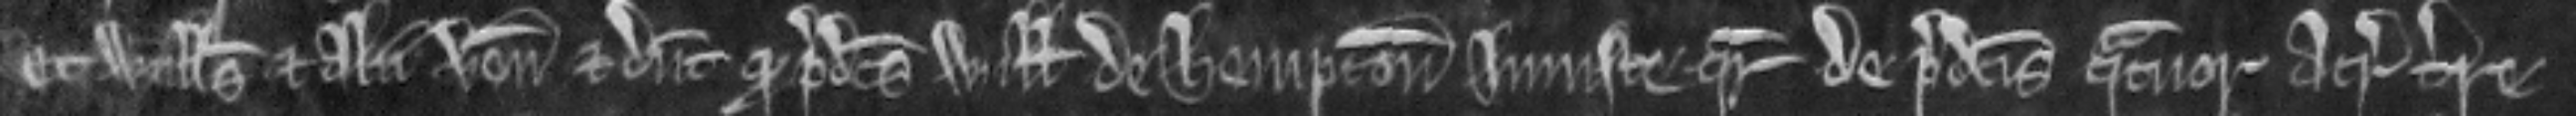
Et Willelmus et alii veniunt et dicunt quod predictus Willelmus de Hempton injuste queritur de predictis quatuor acris terre